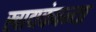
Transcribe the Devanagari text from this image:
खाद्यकंपन्या